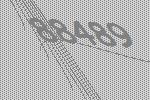
88489